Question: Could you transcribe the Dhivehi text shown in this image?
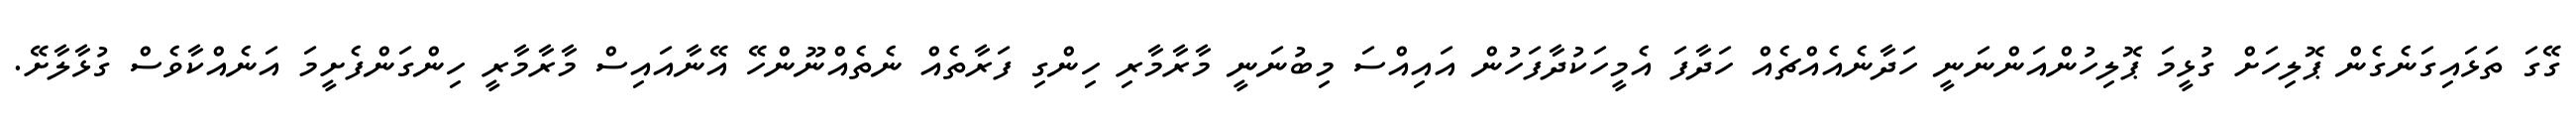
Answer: ގޭގަ ތަޅައިގަނެގެން ޕޮލިހަށް ގުޅީމަ ޕޮލިހުންއަންނަނީ ހަދާނެއެއްޗެއް ހަދާފަ އެމީހަކުދާފަހުން އައިއްސަ މިބުނަނީ މާރާމާރި ހިންގި ފަރާތެއް ނެތެއްނޫންހޭ އޭނާއައިސް މާރާމާރީ ހިންގަންފެށީމަ އަނެއްކާވެސް ގުޅާލާށޭ.